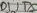
Text: D1/TX